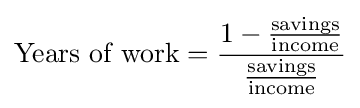
{\text{Years of work}}={\frac {1-{\tfrac {\text{savings}}{\text{income}}}}{\tfrac {\text{savings}}{\text{income}}}}